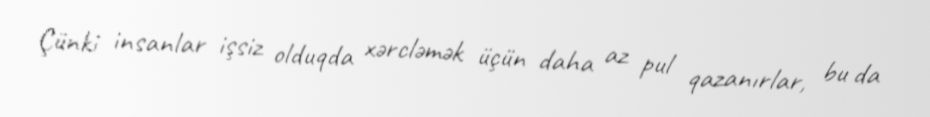
Çünki insanlar işsiz olduqda xərcləmək üçün daha az pul qazanırlar, bu da